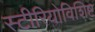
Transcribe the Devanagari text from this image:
स्टीरियोविशिष्ट